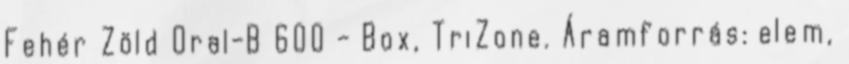
Fehér Zöld Oral-B 600 - Box, TriZone. Áramforrás: elem,